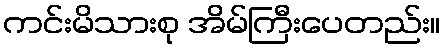
ကင်းမိသားစု အိမ်ကြီးပေတည်း။